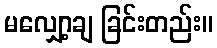
မလျှော့ချ ခြင်းတည်း။